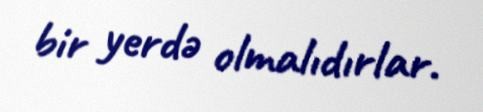
bir yerdə olmalıdırlar.